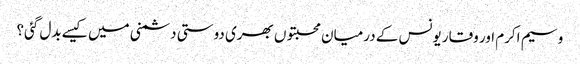
وسیم اکرم اور وقار یونس کے درمیان محبتوں بھری دوستی دشمنی میں کیسے بدل گئی؟